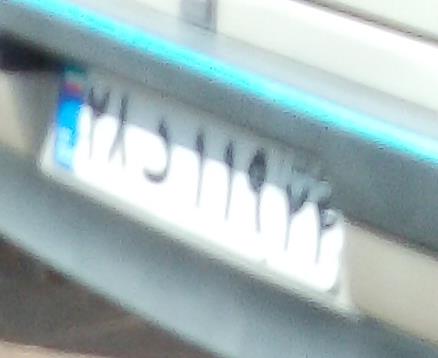
۲۸د۱۱۹۲۴